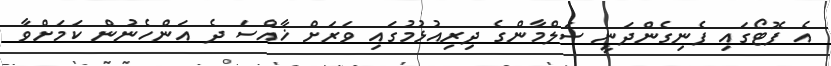
އެ ފޮޓޯގައި ފެނިގެންދަނީ ސަލްމާންގެ ދިރިއުޅުމުގައި ވަރަށް ޚާއްސަ ދެ އަންހެނުން ކަމަށްވާ